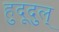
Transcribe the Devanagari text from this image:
हुदूदुल्